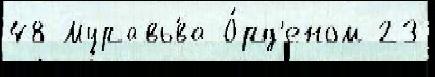
48 Муравь́ва О́рд'еном 23